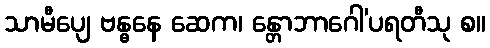
သာမီပျေ ဗန္ဓနေ ဆေက၊ န္တောဘာဂေါ’ပရတီသု စ။